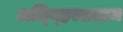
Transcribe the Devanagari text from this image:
अल्य्हिस्सलाम